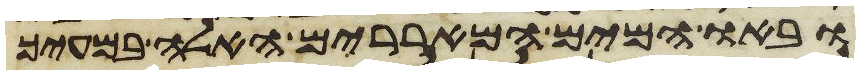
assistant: ובאו המים המאררים האלה במעיך